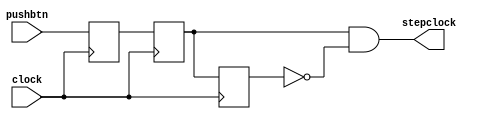
module step_clock_gen
(
	input clock,
	input pushbtn,
	output stepclock
);

	reg spushbtn1, spushbtn2, spushbtn3;
	
	assign stepclock = spushbtn2 & ~spushbtn3;

	// synchronize the push button signal to the clock
	always @(posedge clock)
	begin
		spushbtn1 <= pushbtn;
		spushbtn2 <= spushbtn1;
		spushbtn3 <= spushbtn2;
	end
		
endmodule